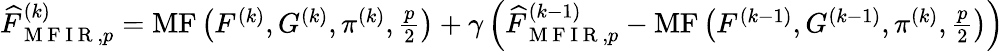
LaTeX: \begin{array}{r}{\widehat{F}_{\mathrm{~M~F~I~R~},p}^{(k)}=\operatorname{MF}\left(F^{(k)},G^{(k)},\pi^{(k)},\frac{p}{2}\right)+\gamma\left(\widehat{F}_{\mathrm{~M~F~I~R~},p}^{(k-1)}-\operatorname{MF}\left(F^{(k-1)},G^{(k-1)},\pi^{(k)},\frac{p}{2}\right)\right)}\end{array}